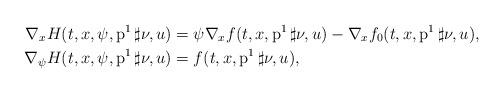
LaTeX: \begin{align*} \nabla_x H(t,x,\psi,\operatorname{p}^1\sharp\nu,u)&= \psi\nabla_xf(t,x,\operatorname{p}^1\sharp\nu,u)-\nabla_xf_0(t,x,\operatorname{p}^1\sharp\nu,u),\\ \nabla_\psi H(t,x,\psi,\operatorname{p}^1\sharp\nu,u)&=f(t,x,\operatorname{p}^1\sharp\nu,u),\end{align*}